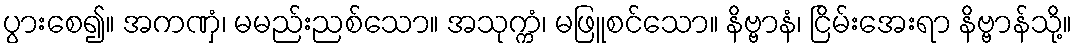
ပွားစေ၍။ အကဏှံ၊ မမည်းညစ်သော။ အသုက္ကံ၊ မဖြူစင်သော။ နိဗ္ဗာနံ၊ ငြိမ်းအေးရာ နိဗ္ဗာန်သို့။